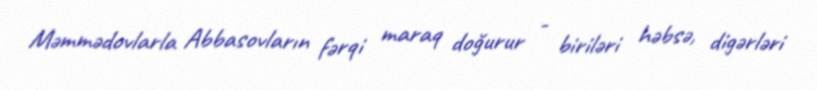
Məmmədovlarla Abbasovların fərqi maraq doğurur - biriləri həbsə, digərləri